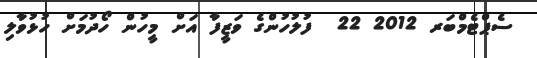
ސެޕްޓެމްބަރ 2012 22  ފުލުހުންގެ ވަޒީފާ އަށް މީހުން ހޯދުމަށް ހުޅުވާލި